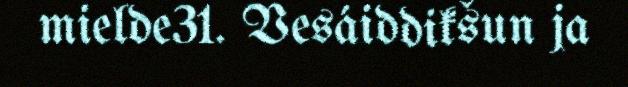
mielde31. Vesáiddikšun ja